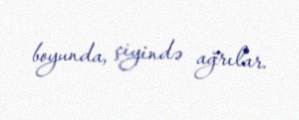
boyunda, çiyində ağrılar.